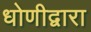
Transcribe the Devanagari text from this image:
धोणीद्वारा